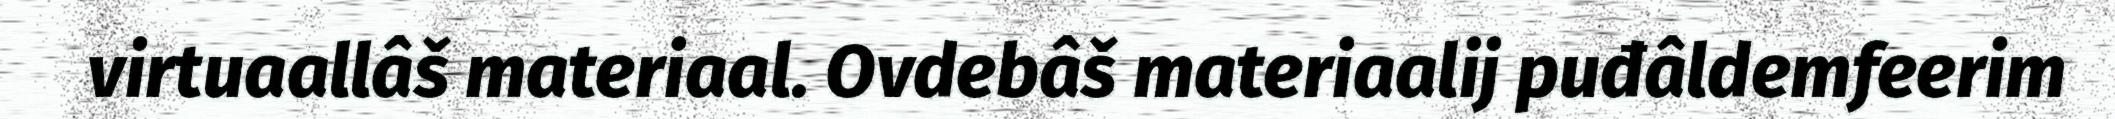
virtuaallâš materiaal. Ovdebâš materiaalij puđâldemfeerim